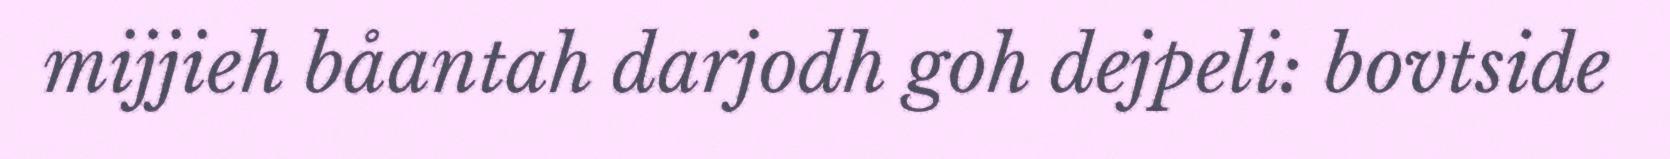
mijjieh båantah darjodh goh dejpeli: bovtside